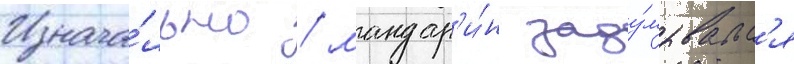
Изнача́льно / мандар'и́н заду́мывалс'я